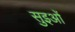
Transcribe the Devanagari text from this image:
सुइओं